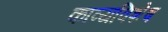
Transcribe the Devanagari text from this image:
काव्यविशेष